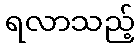
ရလာသည့်